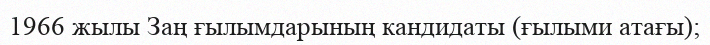
1966 жылы Заң ғылымдарының кандидаты (ғылыми атағы);